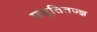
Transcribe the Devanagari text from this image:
प्रसूतितज्ज्ञ